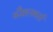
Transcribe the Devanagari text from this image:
कौशलकर्ता